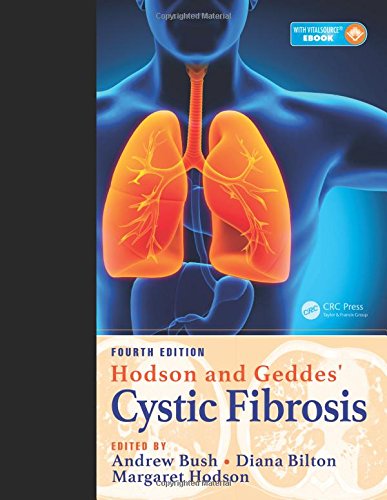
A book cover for Hodson and Geddes' Cystic Fibrosis, Fourth Edition; Health, Fitness & Dieting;